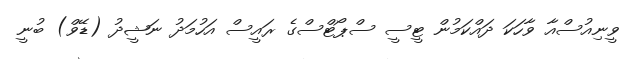
ވީނިއުސްއާ ވާހަކަ ދައްކަމުން ޓީސީ ސްޕޯޓްސްގެ ރައީސް އަހުމަދު ނަޝީދު (ޑޭވް) ބުނީ